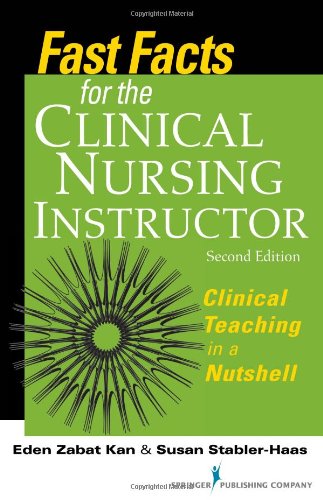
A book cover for Fast Facts for the Clinical Nursing Instructor: Clinical Teaching in a Nutshell, Second Edition; Eden Kan PhD  RN; Medical Books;